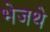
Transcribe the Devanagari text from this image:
भेजथे